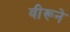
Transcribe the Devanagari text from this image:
वीरूने